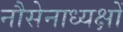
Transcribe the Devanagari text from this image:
नौसेनाध्यक्षों